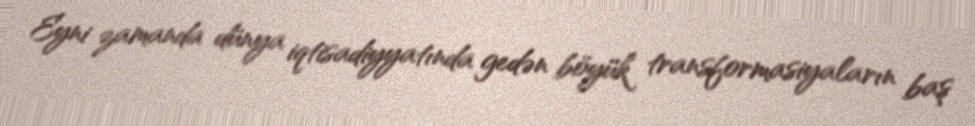
Eyni zamanda dünya iqtisadiyyatında gedən böyük transformasiyaların baş